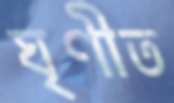
ঘৃণীত